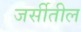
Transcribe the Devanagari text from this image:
जर्सीतील